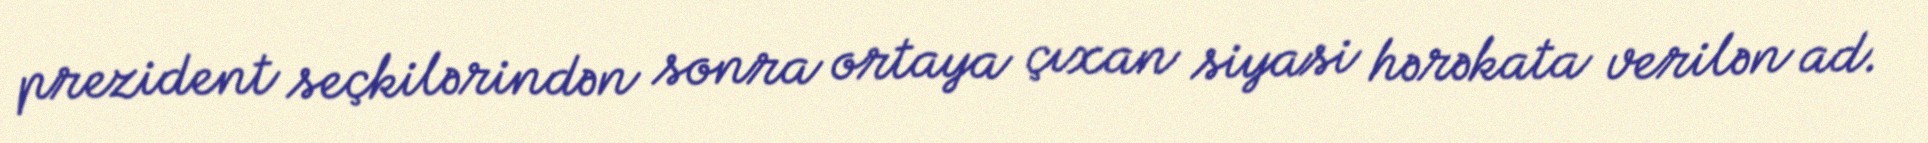
prezident seçkilərindən sonra ortaya çıxan siyasi hərəkata verilən ad.